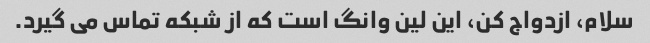
سلام، ازدواج کن، این لین وانگ است که از شبکه تماس می گیرد.